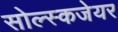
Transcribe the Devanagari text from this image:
सोल्स्कजेयर